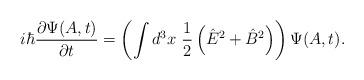
LaTeX: \begin{align*}i \hbar {\partial \Psi(A,t) \over \partial t}= \left( \int d^3x \ {1\over2}\left( {\hat E}^2 + {\hat B}^2 \right) \right) \Psi(A,t). \end{align*}